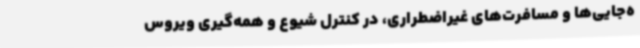
ه‌جایی‌ها و مسافرت‌های غیراضطراری، در کنترل شیوع و همه‌گیری ویروس